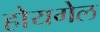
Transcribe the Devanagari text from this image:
होयगेल